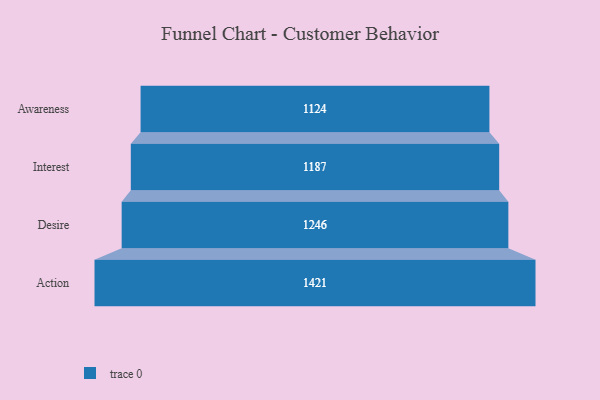
{"axis": {"x": "Stage", "y": "Value"}, "legend": [""], "data": [{"x": "Awareness", "y": 1124.0, "type": ""}, {"x": "Interest", "y": 1187.0, "type": ""}, {"x": "Desire", "y": 1246.0, "type": ""}, {"x": "Action", "y": 1421.0, "type": ""}]}